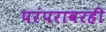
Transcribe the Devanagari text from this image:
परंपरावरही